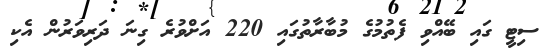
ސިޓީ ގައި ބޭއްވި ފެތުމުގެ މުބާރާތުގައި 220 އަށްވުރެ ގިނަ ދަރިވަރުން އެކި